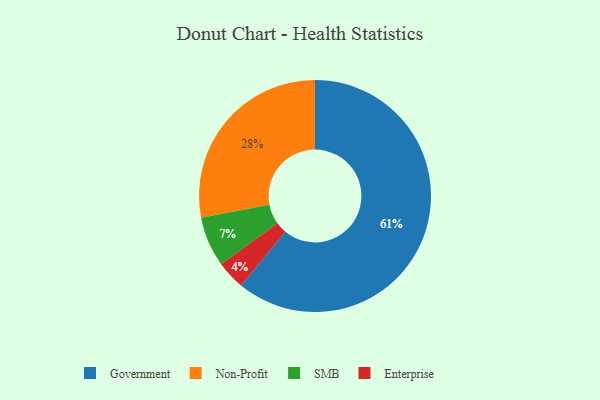
{"axis": {"x": "Category", "y": "Percentage"}, "legend": ["Enterprise", "Government", "Non-Profit", "SMB"], "data": [{"x": "Non-Profit", "y": 28, "type": "Non-Profit"}, {"x": "Enterprise", "y": 4, "type": "Enterprise"}, {"x": "Government", "y": 61, "type": "Government"}, {"x": "SMB", "y": 7, "type": "SMB"}]}